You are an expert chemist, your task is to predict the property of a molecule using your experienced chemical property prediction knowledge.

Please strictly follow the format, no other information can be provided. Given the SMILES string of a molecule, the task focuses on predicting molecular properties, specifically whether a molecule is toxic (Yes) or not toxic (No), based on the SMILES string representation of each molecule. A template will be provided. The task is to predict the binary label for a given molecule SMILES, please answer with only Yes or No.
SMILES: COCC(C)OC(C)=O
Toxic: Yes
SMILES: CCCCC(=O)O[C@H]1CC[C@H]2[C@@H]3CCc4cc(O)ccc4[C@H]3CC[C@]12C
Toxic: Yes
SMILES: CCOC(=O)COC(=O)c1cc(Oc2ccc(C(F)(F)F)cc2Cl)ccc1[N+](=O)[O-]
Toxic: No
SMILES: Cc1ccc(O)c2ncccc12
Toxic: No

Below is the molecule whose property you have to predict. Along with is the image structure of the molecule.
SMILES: CC1=C(/C=C/C(C)=C/C=C\C(C)=C\C(=O)O)C(C)(C)CCC1
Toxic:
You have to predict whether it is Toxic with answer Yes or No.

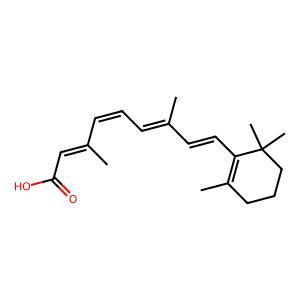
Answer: No